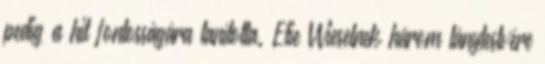
pedig a hit fontosságára tanította. Elie Wieselnek három lánytestvére